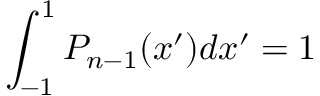
\int _ { - 1 } ^ { 1 } P _ { n - 1 } ( x ^ { \prime } ) d x ^ { \prime } = 1